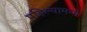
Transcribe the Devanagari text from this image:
पहिल्यामध्ये